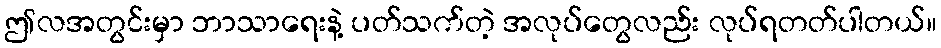
ဤလအတွင်းမှာ ဘာသာရေးနဲ့ ပတ်သက်တဲ့ အလုပ်တွေလည်း လုပ်ရတတ်ပါတယ်။